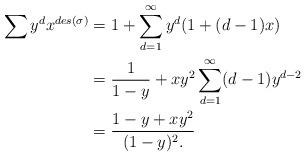
LaTeX: \begin{align*}\sum\nolimits y^dx^{des(\sigma)} &= 1 + \sum\limits_{d=1}^\infty y^d(1+(d-1)x)\\&= \frac{1}{1-y} + xy^2\sum\limits_{d=1}^\infty (d-1)y^{d-2}\\&= \frac{1-y+xy^2}{(1-y)^2.}\end{align*}